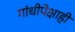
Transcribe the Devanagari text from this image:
गांधीपेक्षाही